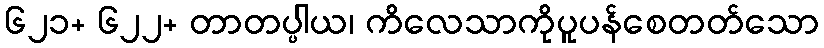
၆၂၁+ ၆၂၂+ တာတပ္ပါယ၊ ကိလေသာကိုပူပန်စေတတ်သော